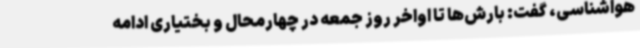
هواشناسی، گفت: بارش‌ها تا اواخر روز جمعه در چهارمحال و بختیاری ادامه